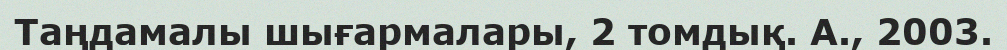
Таңдамалы шығармалары, 2 томдық. А., 2003.